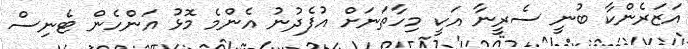
އަޒަރެންކާ ބުނީ ސެރީނާ އަކީ މިހާތަނަށް އުފެދުނު އެންމެ މޮޅު އަންހެން ޓެނިސް